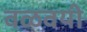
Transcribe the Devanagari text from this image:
वळवयी